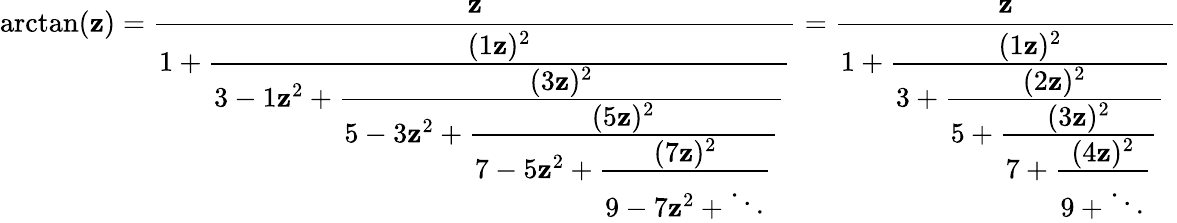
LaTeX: \arctan(\mathbf{z})={\frac{{\mathbf{z}}}{{1+{\cfrac{(1\mathbf{z})^{2}}{3-1\mathbf{z}^{2}+{\cfrac{(3\mathbf{z})^{2}}{5-3\mathbf{z}^{2}+{\cfrac{(5\mathbf{z})^{2}}{7-5\mathbf{z}^{2}+{\cfrac{(7\mathbf{z})^{2}}{9-7\mathbf{z}^{2}+\ddots}}}}}}}}}}}={\frac{{\mathbf{z}}}{{1+{\cfrac{(1\mathbf{z})^{2}}{3+{\cfrac{(2\mathbf{z})^{2}}{5+{\cfrac{(3\mathbf{z})^{2}}{7+{\cfrac{(4\mathbf{z})^{2}}{9+\ddots}}}}}}}}}}}